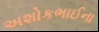
અશોકભાઈના